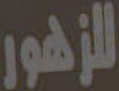
للزهور